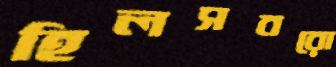
হিলসবরো